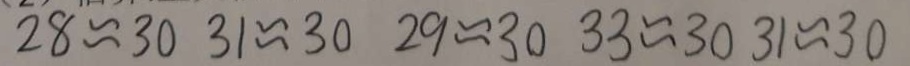
2 8 \approx 3 0 3 1 \approx 3 0 2 9 \approx 3 0 3 3 \approx 3 0 3 1 \approx 3 0